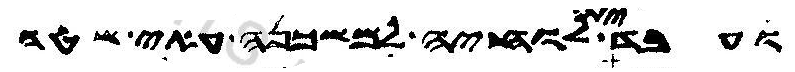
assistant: ועבד ית לוחיה למשכנה עאי שטה